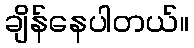
ချိန်နေပါတယ်။